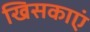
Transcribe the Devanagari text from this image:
खिसकाएं